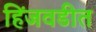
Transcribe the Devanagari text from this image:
हिंजवडीत